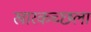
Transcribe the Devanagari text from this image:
खारकच्छला